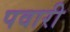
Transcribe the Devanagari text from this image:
पवारी